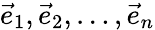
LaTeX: {\vec{e}}_{1},{\vec{e}}_{2},\ldots,{\vec{e}}_{n}